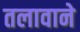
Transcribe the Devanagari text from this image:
तलावाने